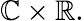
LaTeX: \mathbb{C}\times\mathbb{R}.